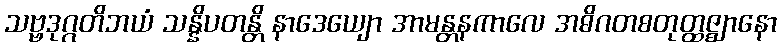
သဗ္ဗဒုဂ္ဂတိဘယံ သန္နိပတန္တိ နာဒေယျော အာမန္တနကာလေ အဓိဂတစတုတ္ထဇ္ဈာနော